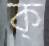
ক্